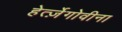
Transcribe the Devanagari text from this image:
हेर्त्ज़ेगोवीना